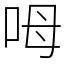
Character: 呣